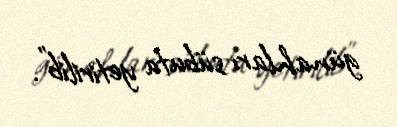
günahları sübuta yetirilib”.